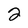
Character: 2